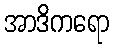
အာဒိကရော